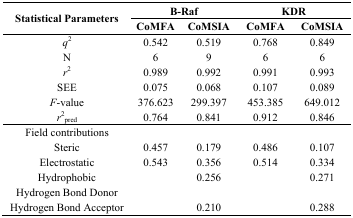
| <ROWSPAN=2> Statistical Parameters | <COLSPAN=2> B-Raf | <COLSPAN=2> KDR |
 | CoMFA | CoMSIA | CoMFA | CoMSIA |
 | --- | --- | --- | --- | --- |
 | q2 | 0.542 | 0.519 | 0.768 | 0.849 |
 | N | 6 | 9 | 6 | 6 |
 | r2 | 0.989 | 0.992 | 0.991 | 0.993 |
 | SEE | 0.075 | 0.068 | 0.107 | 0.089 |
 | F-value | 376.623 | 299.397 | 453.385 | 649.012 |
 | r2pred | 0.764 | 0.841 | 0.912 | 0.846 |
 | Field contributions |  |  |  |  |
 | Steric | 0.457 | 0.179 | 0.486 | 0.107 |
 | Electrostatic | 0.543 | 0.356 | 0.514 | 0.334 |
 | Hydrophobic |  | 0.256 |  | 0.271 |
 | Hydrogen Bond Donor |  |  |  |  |
 | Hydrogen Bond Acceptor |  | 0.210 |  | 0.288 |